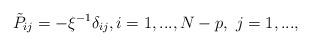
LaTeX: \begin{align*} \tilde P_{ij}=-\xi^{-1} \delta_{ij}, i=1,..., N-p, \ j=1, ...,\end{align*}